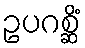
ဥပဂစ္ဆိံ